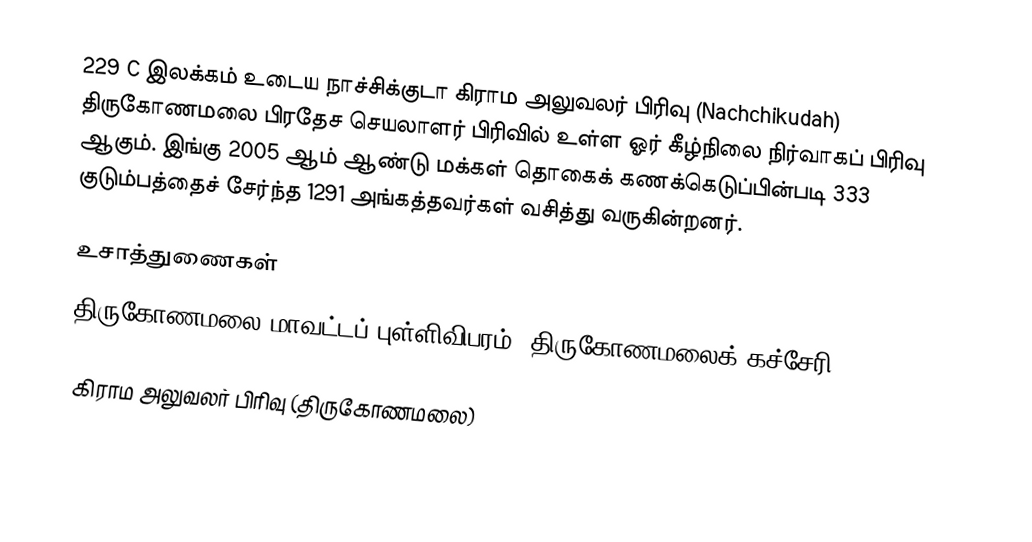
229 C இலக்கம்  உடைய நாச்சிக்குடா கிராம அலுவலர் பிரிவு  (Nachchikudah) திருகோணமலை பிரதேச செயலாளர் பிரிவில் உள்ள ஓர் கீழ்நிலை நிர்வாகப் பிரிவு ஆகும். இங்கு 2005 ஆம் ஆண்டு மக்கள் தொகைக் கணக்கெடுப்பின்படி 333 குடும்பத்தைச் சேர்ந்த 1291 அங்கத்தவர்கள் வசித்து வருகின்றனர்.

உசாத்துணைகள்
திருகோணமலை மாவட்டப் புள்ளிவிபரம், திருகோணமலைக் கச்சேரி 2006.

கிராம அலுவலர் பிரிவு (திருகோணமலை)